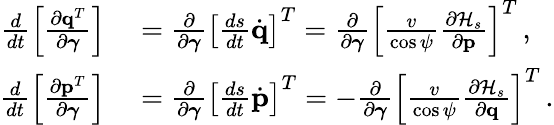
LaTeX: \begin{array}{rl}{\frac{d}{dt}\left[\frac{\partial{\mathbf q}^{T}}{\partial\boldsymbol{\gamma}}\right]}&{{}=\frac{\partial}{\partial\boldsymbol{\gamma}}\left[\frac{ds}{dt}\dot{\mathbf q}\right]^{T}=\frac{\partial}{\partial\boldsymbol{\gamma}}\left[\frac{v}{\cos\psi}\frac{\partial{\cal H}_{s}}{\partial{\mathbf p}}\right]^{T}\, ,}\\ {\frac{d}{dt}\left[\frac{\partial{\mathbf p}^{T}}{\partial\boldsymbol{\gamma}}\right]}&{{}=\frac{\partial}{\partial\boldsymbol{\gamma}}\left[\frac{ds}{dt}\dot{\mathbf p}\right]^{T}=-\frac{\partial}{\partial\boldsymbol{\gamma}}\left[\frac{v}{\cos\psi}\frac{\partial{\cal H}_{s}}{\partial\mathbf{q}}\right]^{T}\, .}\end{array}